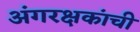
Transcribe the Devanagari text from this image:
अंगरक्षकांची